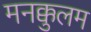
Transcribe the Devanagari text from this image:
मनक्कुलम